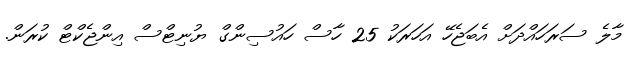
މާލެ ސަރަހައްދަށް އެބަޖެހޭ އަހަރަކު 25 ހާސް ހައުސިންގް ޔުނިޓްސް އިންޖެކްޓް ކުރަން.